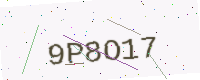
Text: 9P8O17